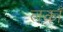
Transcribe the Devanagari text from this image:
लंकाँ